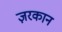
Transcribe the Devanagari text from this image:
ज़रकान